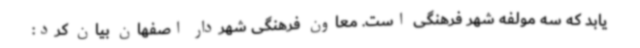
یابد که سه مولفه شهر فرهنگی است. معاون فرهنگی شهردار اصفهان بیان کرد: